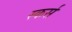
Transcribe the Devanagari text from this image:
स्कर्स